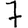
Digit: 7